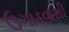
ઉગાડવાથી